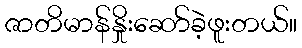
ဇာတိမာန်နှိုးဆော်ခဲ့ဖူးတယ်။